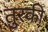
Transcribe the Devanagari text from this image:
तुरकी